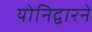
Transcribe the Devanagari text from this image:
योनिद्वारने